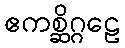
ဧကစ္ဆိဂ္ဂဠေ